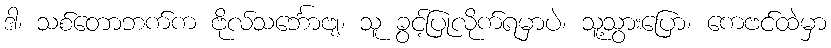
ဒါ၊ သစ်တောဘက်က ဗိုလ်သင်္ဘောဗျ၊ သူ ခွင့်ပြုလိုက်ရမှာပဲ၊ သူ့သွားပြော၊ ကေဗင်ထဲမှာ